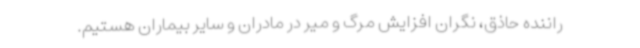
راننده حاذق، نگران افزایش مرگ و میر در مادران و سایر بیماران هستیم.